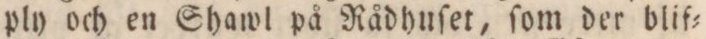
ply och en Shawl på Rådhuſet, ſom der blif=